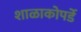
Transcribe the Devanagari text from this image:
शाळाकोपर्डे